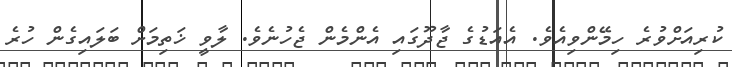
ކުރިއަށްވުރެ ހިމޭންވިއެވެ. އެއަޑުގެ ޖާދޫގައި އެންމެން ޖެހުނެވެ. ލާވީ ޚަތިމަށް ބަލައިގެން ހުރެ